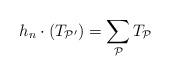
LaTeX: \begin{align*}h_{n}\cdot(T_{\mathcal{P'}})=\sum_{\mathcal{P}}T_{\mathcal{P}}\end{align*}